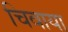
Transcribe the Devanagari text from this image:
चिवाया